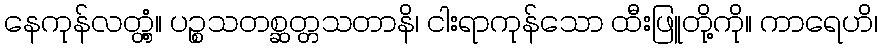
နေကုန်လတ္တံ့။ ပဉ္စသတစ္ဆတ္တသတာနိ၊ ငါးရာကုန်သော ထီးဖြူတို့ကို။ ကာရေဟိ၊